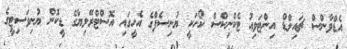
އެޑްވާންސް ޗައިލްޑް އިންޓަވިއު ޓެކްނިކްސް ކޯހަކީ ޔުނިސެފްގެ އެހީގައި އޮސްޓްރޭލިޔާގެ ޑީކޮން ޔުނިވަސިޓީގެ